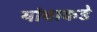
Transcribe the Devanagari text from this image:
यांचाकडे